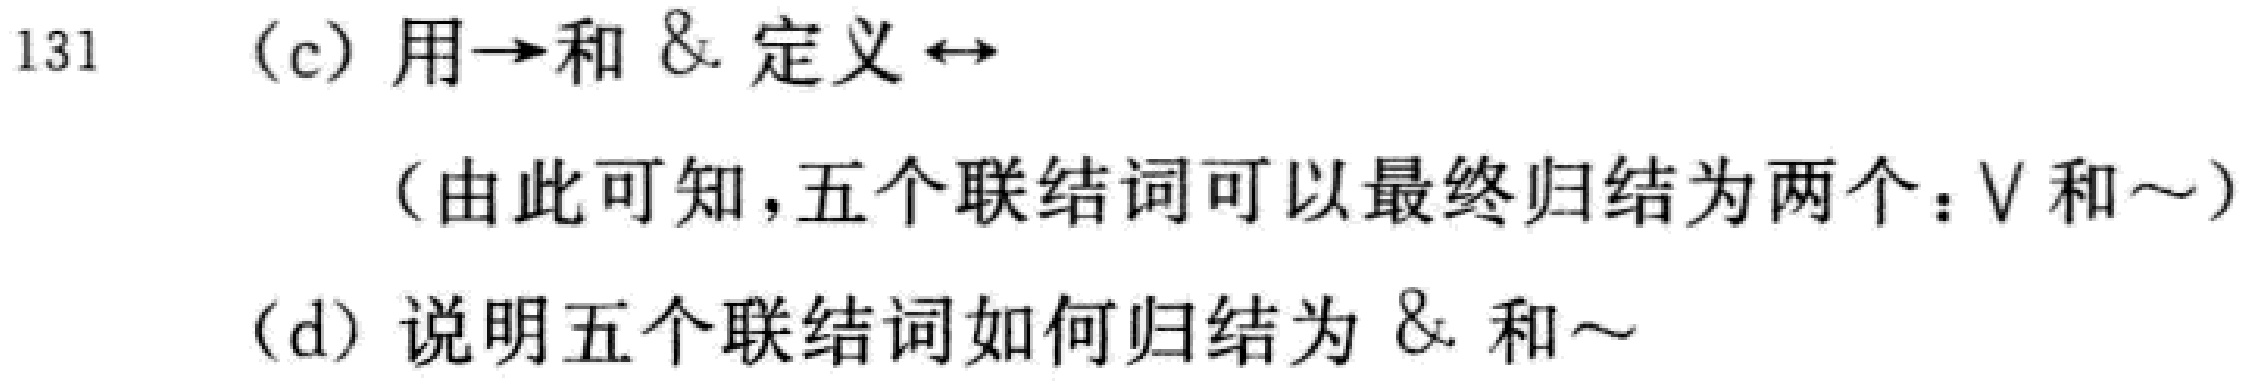
(c) 用$\to$和$\&$定义$\leftrightarrow$
（由此可知，五个联结词可以最终归结为两个：$\vee$和$\sim$）
(d) 说明五个联结词如何归结为$\&$和$\sim$